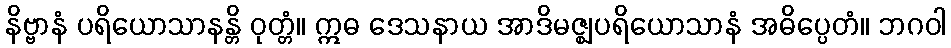
နိဗ္ဗာနံ ပရိယောသာနန္တိ ဝုတ္တံ။ ဣဓ ဒေသနာယ အာဒိမဇ္ဈပရိယောသာနံ အဓိပ္ပေတံ။ ဘဂဝါ